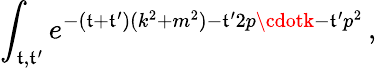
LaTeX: \int_{\mathfrak{t},\mathfrak{t}^{\prime}}e^{-(\mathfrak{t}+\mathfrak{t}^{\prime})(k^{2}+m^{2})-\mathfrak{t}^{\prime}2p\cdotk-\mathfrak{t}^{\prime}p^{2}}\, ,